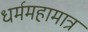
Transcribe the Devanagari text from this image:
धर्ममहामात्र